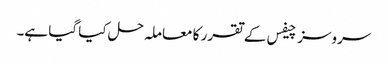
سروسز چیفس کے تقرر کا معاملہ حل کیا گیا ہے۔